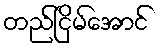
တည်ငြိမ်အောင်